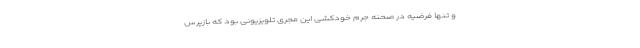
و تنها فرضیه در صحنه جرم خودکشی این مجری تلویزیونی بود که بازپرس